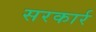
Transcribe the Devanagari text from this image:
सरकार्र